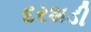
દરશડી